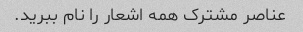
عناصر مشترک همه اشعار را نام ببرید.